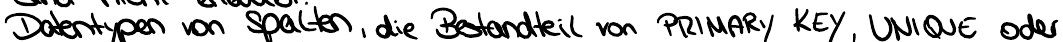
Datentypen von Spalten, die Bestandteil von PRIMARY KEY, UNIQUE oder